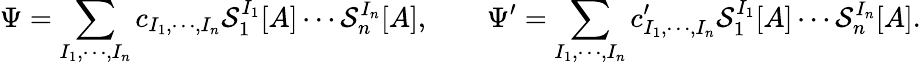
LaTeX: \Psi=\sum_{I_{1},\cdots,I_{n}}c_{I_{1},\cdots,I_{n}}\mathcal{S}_{1}^{I_{1}}[A]\cdots\mathcal{S}_{n}^{I_{n}}[A],\qquad\Psi^{\prime}=\sum_{I_{1},\cdots,I_{n}}c_{I_{1},\cdots,I_{n}}^{\prime}\mathcal{S}_{1}^{I_{1}}[A]\cdots\mathcal{S}_{n}^{I_{n}}[A].